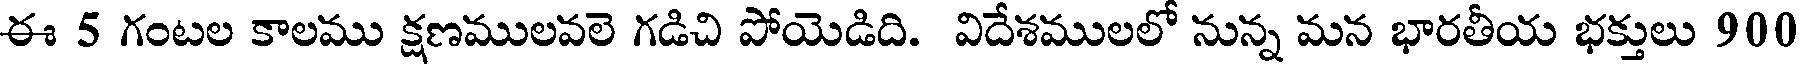
ఈ 5 గంటల కాలము క్షణములవలె గడిచి పోయెడిది. విదేశములలో నున్న మన భారతీయ భక్తులు 900